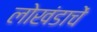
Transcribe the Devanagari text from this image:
लोखंडाचें